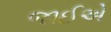
જાઈએ